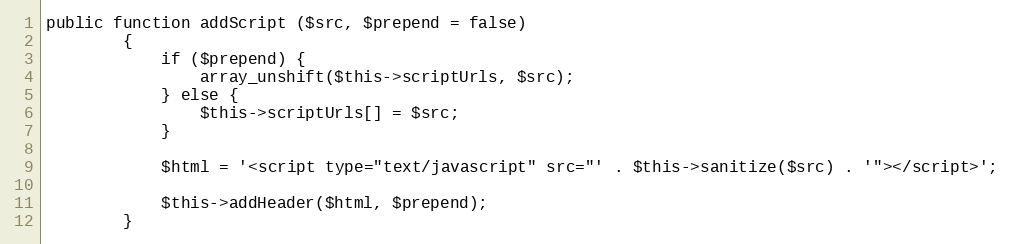
Language: PHP
public function addScript ($src, $prepend = false)
		{
			if ($prepend) {
				array_unshift($this->scriptUrls, $src);
			} else {
				$this->scriptUrls[] = $src;
			}

			$html = '<script type="text/javascript" src="' . $this->sanitize($src) . '"></script>';

			$this->addHeader($html, $prepend);
		}